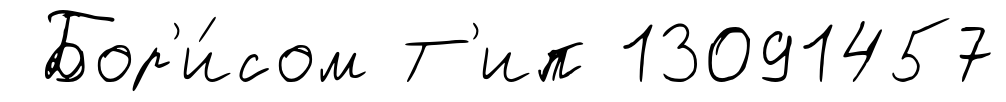
Бор'и́сом Т'ип 13091457